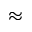
\approx